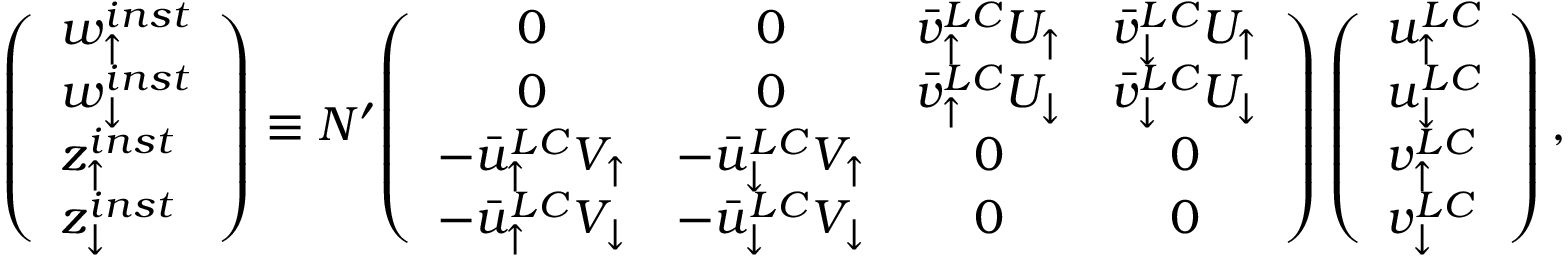
\left( \begin{array} { l } { { w _ { \uparrow } ^ { i n s t } } } \\ { { w _ { \downarrow } ^ { i n s t } } } \\ { { z _ { \uparrow } ^ { i n s t } } } \\ { { z _ { \downarrow } ^ { i n s t } } } \end{array} \right) \equiv N ^ { \prime } { \left( \begin{array} { c c c c } { { 0 } } & { { 0 } } & { { \bar { v } _ { \uparrow } ^ { L C } U _ { \uparrow } } } & { { \bar { v } _ { \downarrow } ^ { L C } U _ { \uparrow } } } \\ { { 0 } } & { { 0 } } & { { \bar { v } _ { \uparrow } ^ { L C } U _ { \downarrow } } } & { { \bar { v } _ { \downarrow } ^ { L C } U _ { \downarrow } } } \\ { { - \bar { u } _ { \uparrow } ^ { L C } V _ { \uparrow } } } & { { - \bar { u } _ { \downarrow } ^ { L C } V _ { \uparrow } } } & { { 0 } } & { { 0 } } \\ { { - \bar { u } _ { \uparrow } ^ { L C } V _ { \downarrow } } } & { { - \bar { u } _ { \downarrow } ^ { L C } V _ { \downarrow } } } & { { 0 } } & { { 0 } } \end{array} \right) } \left( \begin{array} { l } { { u _ { \uparrow } ^ { L C } } } \\ { { u _ { \downarrow } ^ { L C } } } \\ { { v _ { \uparrow } ^ { L C } } } \\ { { v _ { \downarrow } ^ { L C } } } \end{array} \right) ,